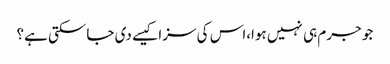
جو جرم ہی نہیں ہوا،اس کی سزا کیسے دی جاسکتی ہے؟